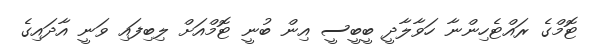
ޓޮމްގެ ރައްޓެހިންނާ ހަވާލާދީ ބީބީސީ އިން ބުނީ ޓޮމްއަށް ލިބިފައި ވަނީ އާދައިގެ